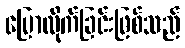
ပြောလိုက်ခြင်းဖြစ်သည်